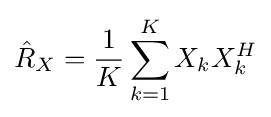
{\hat {R}}_{X}={\frac {1}{K}}\sum \limits _{k=1}^{K}X_{k}X_{k}^{H}